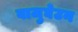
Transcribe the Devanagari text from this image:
बाजुघेउन